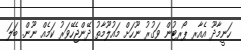
ހަނީމާދޫ އެއާރ ޕޯރޓުން ވަގުރު ނޫހަށް މައުލޫމާތު ދޭންޖެހޭވަރު ކަމެއް ނޫން. ބަލަ